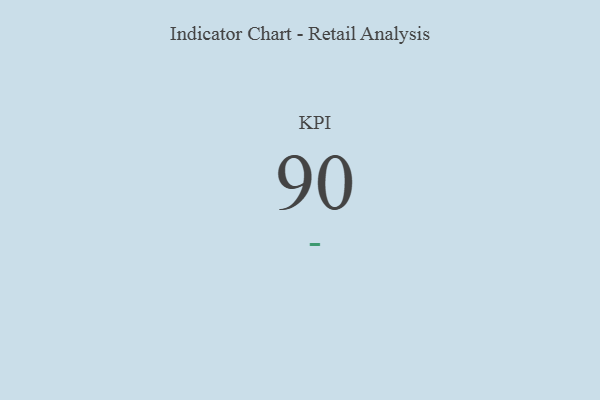
{"axis": {"x": "KPI", "y": "Value"}, "legend": [""], "data": [{"x": "KPI", "y": 90, "type": ""}]}